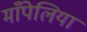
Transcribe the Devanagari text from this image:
माँपेलिया